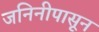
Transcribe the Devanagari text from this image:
जनिनीपासून